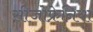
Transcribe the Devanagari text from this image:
सीजोफ्रेनिया